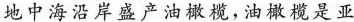
地中海沿岸盛产油橄榄，油橄榄是亚